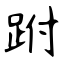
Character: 跗